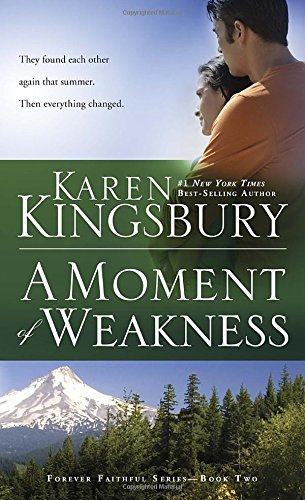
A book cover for A Moment of Weakness (Forever Faithful); Karen Kingsbury; Romance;